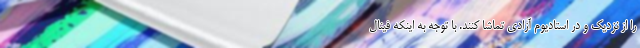
را از نزدیک و در استادیوم آزادی تماشا کنند. با توجه به اینکه فینال